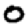
Digit: 0